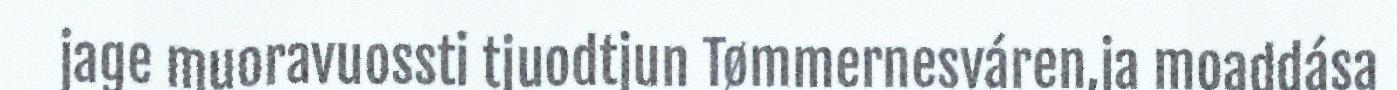
jage muoravuossti tjuodtjun Tømmernesváren,ja moaddása